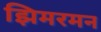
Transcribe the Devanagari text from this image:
झिमरमन